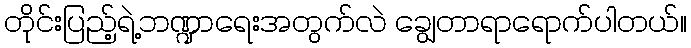
တိုင်းပြည့်ရဲ့ဘဏ္ဍာရေးအတွက်လဲ ချွေတာရာရောက်ပါတယ်။